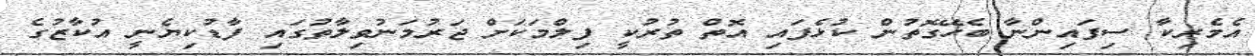
އެމެރިކާ ސިފައިންނާ ބެހޭގޮތުން ކުޅެފައި އޮތް ތުރުކީ ފިލްމަކަށް ޖަރުމަނުވިލާތުގައި ފާޑުކިޔެނީ އުކާޒުގެ